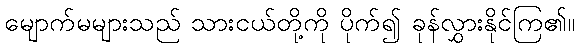
မျောက်မများသည် သားငယ်တို့ကို ပိုက်၍ ခုန်လွှားနိုင်ကြ၏။